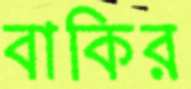
বাকির